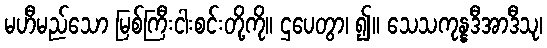
မဟီမည်သော မြစ်ကြီးငါးစင်းတို့ကို။ ဌပေတွာ၊ ၍။ သေသကုန္နဒီအာဒီသု၊